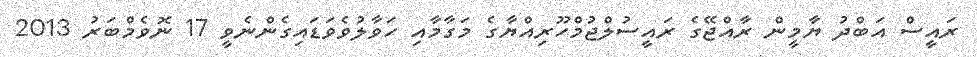
ރައީސް އަބްދު ޔާމީން ރާއްޖޭގެ ރައީސުލްޖުމްހޫރިއްޔާގެ މަގާމާއި ހަވާލުވެވަޑައިގެންނެވީ 17 ނޮވެމްބަރު 2013